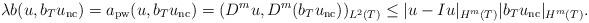
LaTeX: \begin{align*} \lambda b(u,b_{T}u_{\mathrm{nc}}) &=a_{\mathrm{pw}}(u,b_{T}u_{\mathrm{nc}})=(D^{m} u, D^{m} (b_T u_{\mathrm{nc}}))_{L^2(T)} \le \vert u-Iu\vert_{H^m(T)}\vert b_T u_{\mathrm{nc}}\vert_{H^m(T)}. \end{align*}